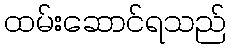
ထမ်းဆောင်ရသည်